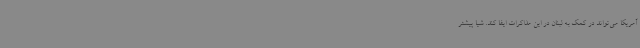
آمریکا می‌تواند در کمک به لبنان در این مذاکرات ایفا کند. شیا پیشتر